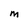
Character: m